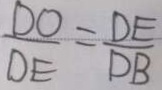
\frac { D O } { D E } = \frac { D E } { D B }